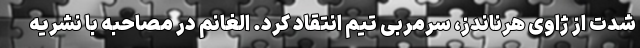
شدت از ژاوی هرناندز، سرمربی تیم انتقاد کرد. الغانم در مصاحبه با نشریه